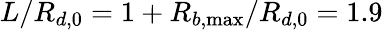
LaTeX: L/R_{d,0}=1+R_{b,\operatorname*{max}}/R_{d,0}=1.9